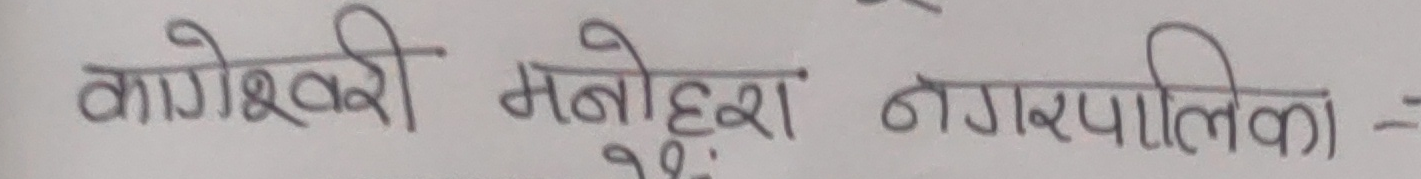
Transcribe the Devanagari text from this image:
कागेश्वरी मनोहरा नगरपालिका -